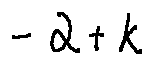
- \alpha + k